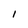
Character: 1